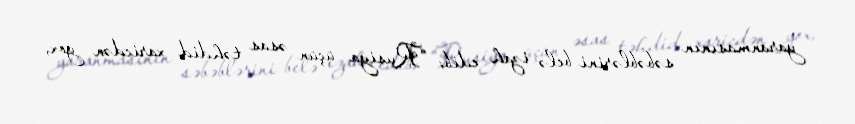
yaranmasının səbəblərini belə izah edib: “Rusiya üçün əsas təhdid xaricdən yox,